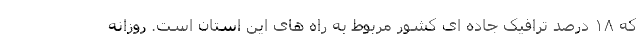
که ۱۸ درصد ترافیک جاده ای کشور مربوط به راه های این استان است. روزانه